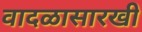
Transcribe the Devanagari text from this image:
वादळासारखी